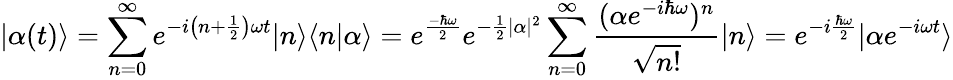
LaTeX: |\alpha(t)\rangle=\sum_{n=0}^{\infty}e^{-i\left(n+{\frac{1}{2}}\right)\omega t}|n\rangle\langle n|\alpha\rangle=e^{\frac{-\hbar\omega}{2}}e^{-{\frac{1}{2}}|\alpha|^{2}}\sum_{n=0}^{\infty}{\frac{(\alpha e^{-i\hbar\omega})^{n}}{\sqrt{n!}}}|n\rangle=e^{-i{\frac{\hbar\omega}{2}}}|\alpha e^{-i\omega t}\rangle